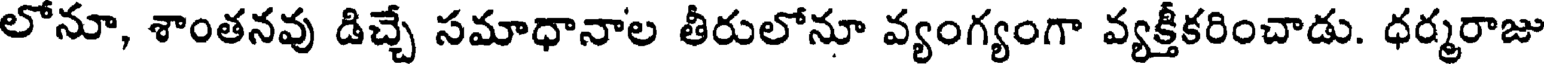
లోనూ, శాంతనవు డిచ్చే సమాధానాల తీరులోనూ వ్యంగ్యంగా వ్యక్తీకరించాడు. ధర్మరాజు